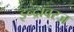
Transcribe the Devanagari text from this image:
इन्द्रावरज